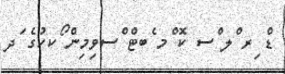
ޑް ިރ ްލ ްސ ކޮ ްމ ެބޓް ްސވިމިން ޯކހުގެ ަދ